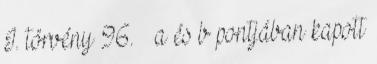
I. törvény 96. § a és b pontjában kapott